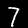
Digit: 7